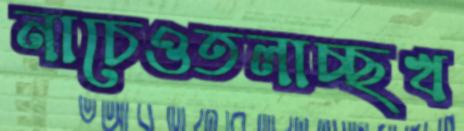
নাচেওতলাচ্ছখ